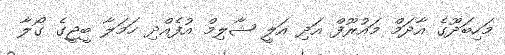
މަހިބަދޫގެ އާދަމް މައުރޫފް އަދި އަލީ ޝާލިމް އުފެއްދި ހަމަލާ ބީޖީގެ ގޯލާ